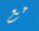
مع